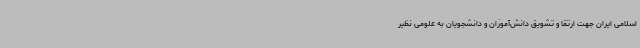
اسلامی ایران جهت ارتقا و تشویق دانش‌آموزان و دانشجویان به علومی نظیر